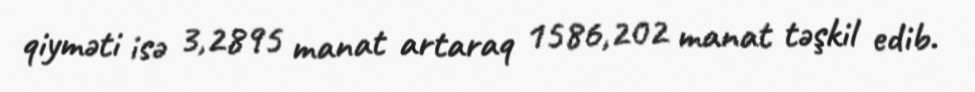
qiyməti isə 3,2895 manat artaraq 1586,202 manat təşkil edib.